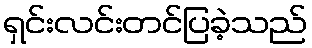
ရှင်းလင်းတင်ပြခဲ့သည်